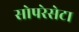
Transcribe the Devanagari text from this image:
सोपरेसेटा